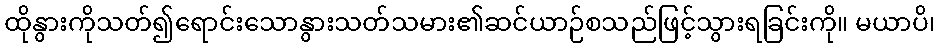
ထိုနွားကိုသတ်၍ရောင်းသောနွားသတ်သမား၏ဆင်ယာဉ်စသည်ဖြင့်သွားရခြင်းကို။ မယာပိ၊